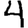
Digit: 4